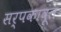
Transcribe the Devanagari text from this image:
सर्पकावूंत